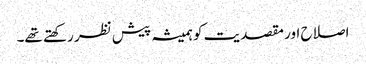
اصلاح اور مقصدیت کو ہمیشہ پیش نظر رکھتے تھے۔